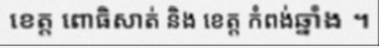
ខេត្ត ពោធិសាត់ និង ខេត្ត កំពង់ឆ្នាំង ។